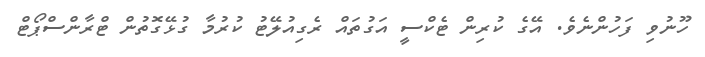
ހޫނުވި ފަހުންނެވެ. އޭގެ ކުރިން ޓެކްސީ އަގުތައް ރެގިއުލޭޓު ކުރުމާ ގުޅޭގޮތުން ޓްރާންސްޕޯޓް